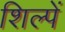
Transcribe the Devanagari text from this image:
शिल्पें